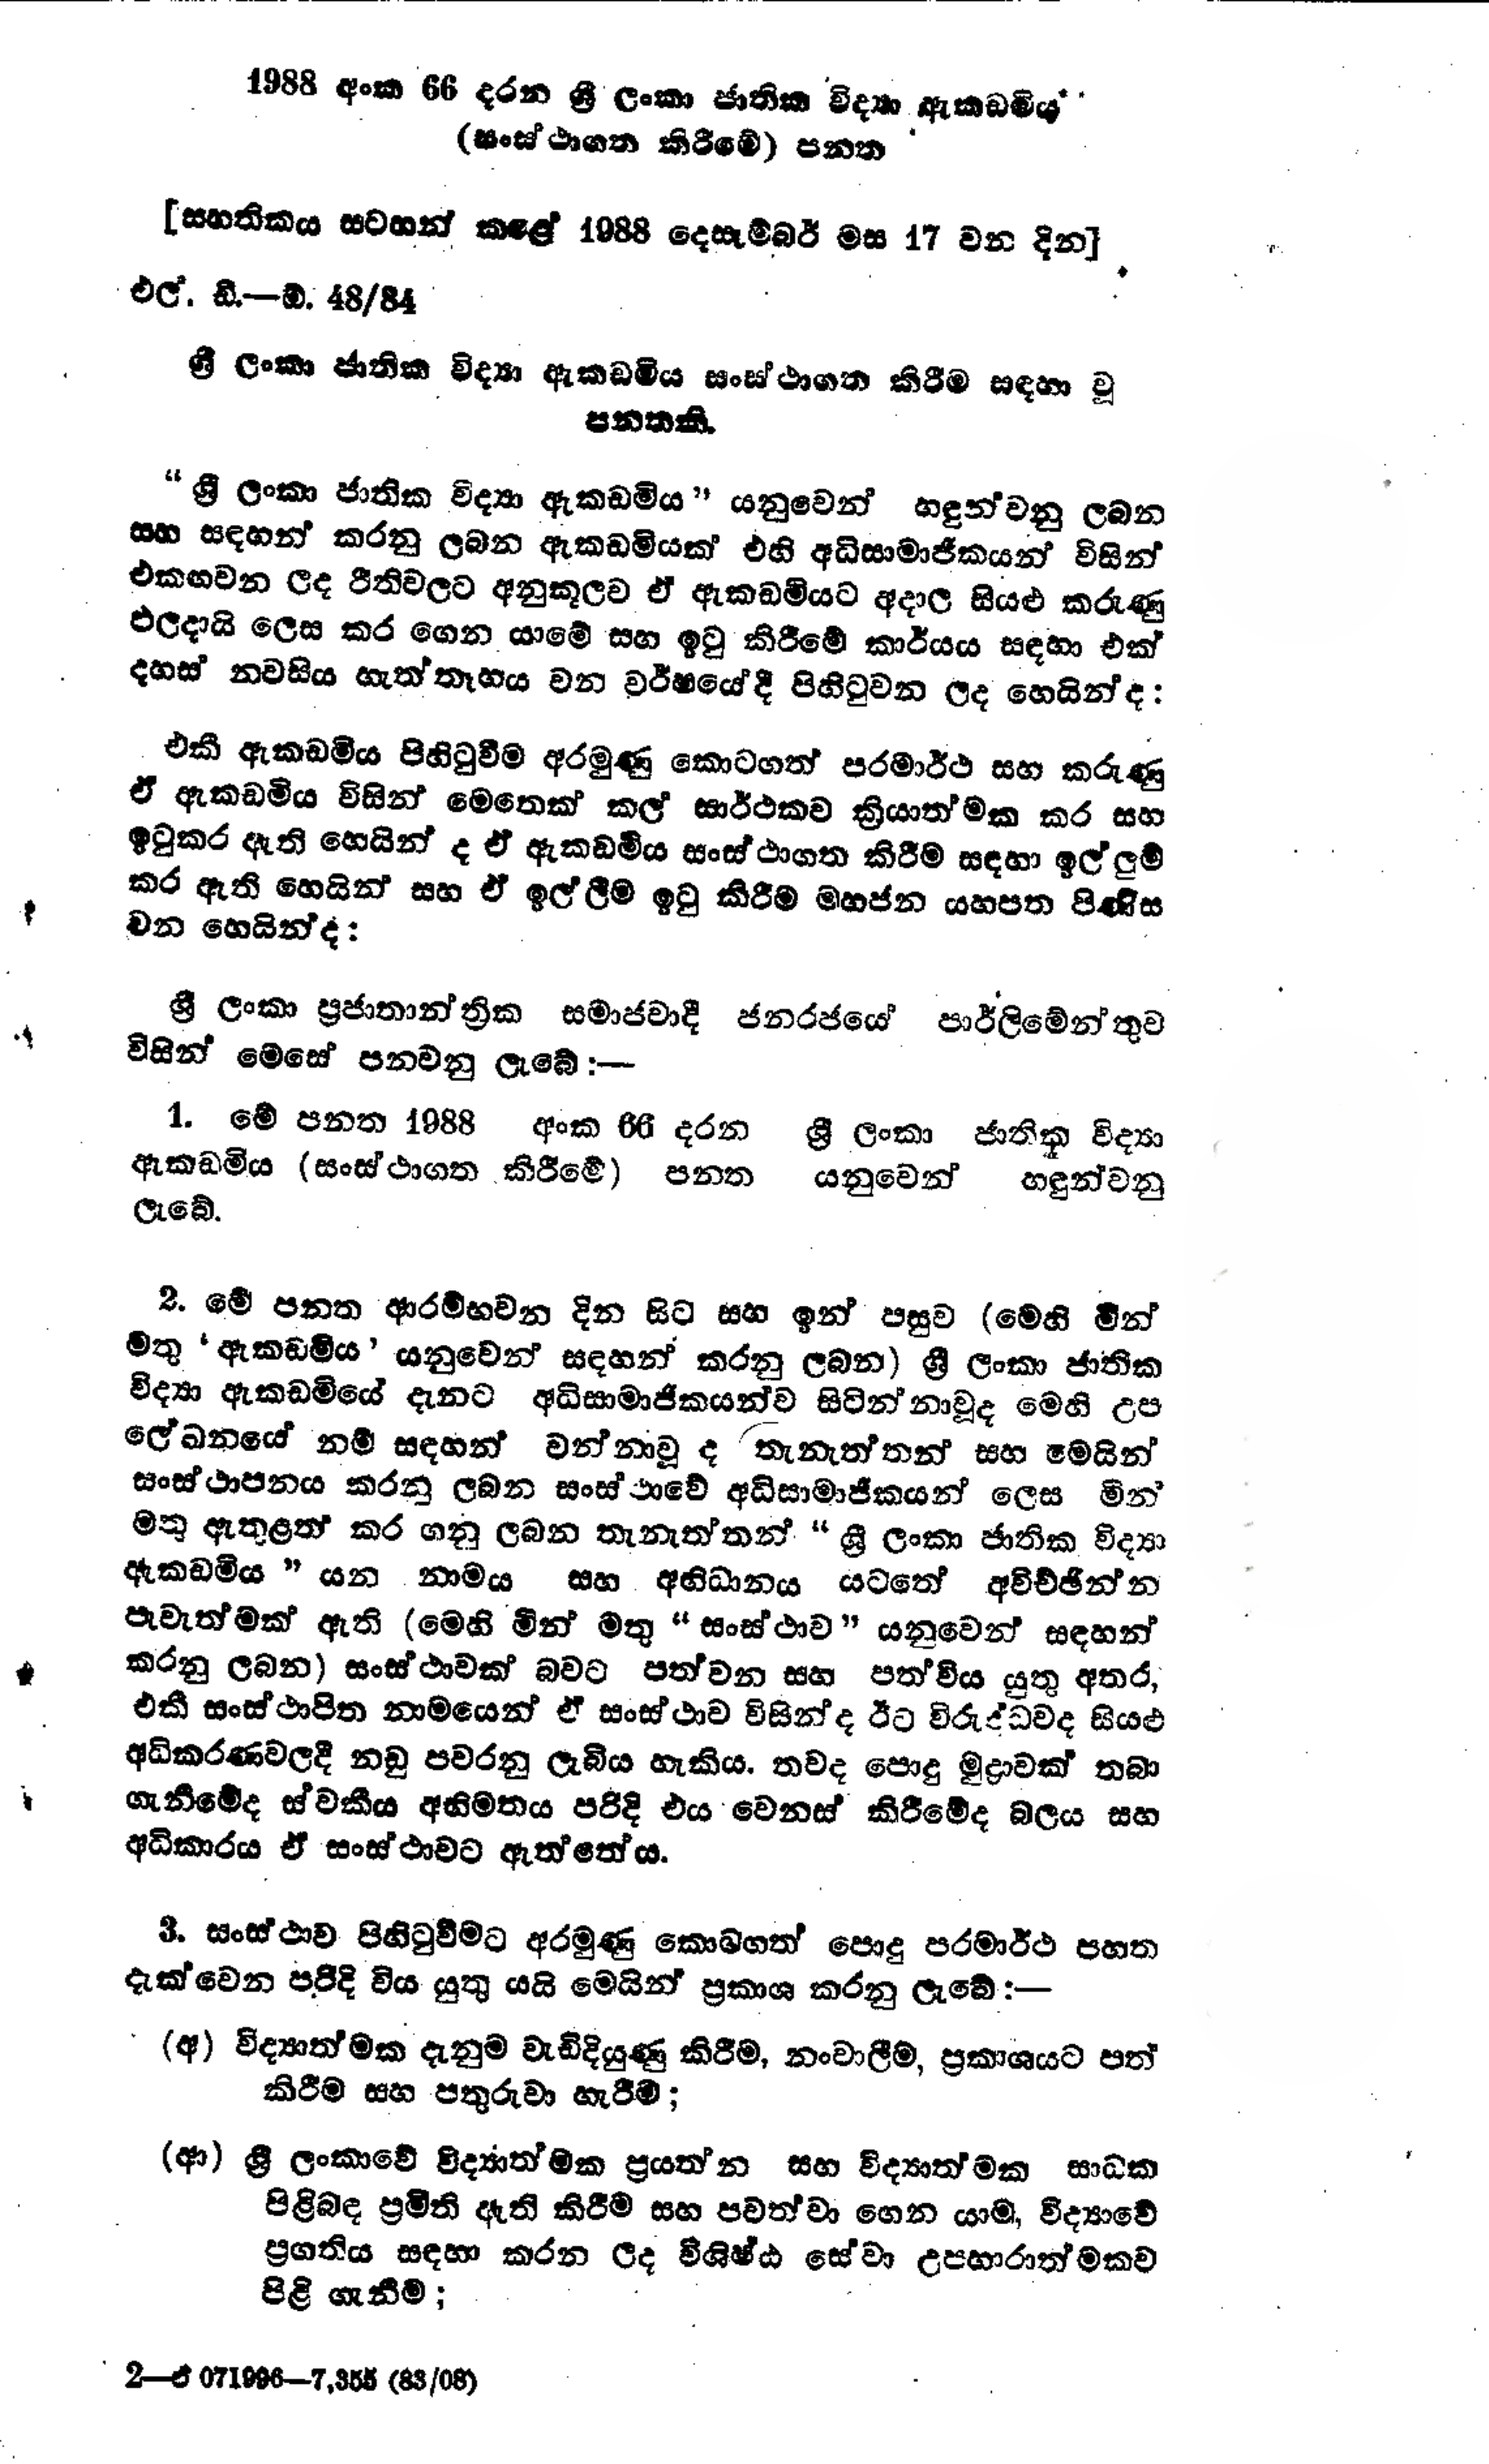
1988 අංක 66 දරන ශ්‍රී ලංකා ජාතික විද්‍යා ඇකඩමිය
(සංස්ථාගත කිරීමේ) පනත

[සහතිකය සටහන් කළේ 1988 දෙසැම්බර් මස 17 වන දින]

එල්.ඩී.—ඕ. 48/84

ශ්‍රී ලංකා ජාතික විද්‍යා ඇකඩමිය සංස්ථාගත කිරීම සඳහා වූ
පනතකි.

"ශ්‍රී ලංකා ජාතික විද්‍යා ඇකඩමිය " යනුවෙන් හඳුන්වනු ලබන
සහ සඳහන් කරනු ලබන ඇකඩමියක් එහි අධිසාමාජිකයන් විසින්
එකඟවන ලද රීතිවලට අනුකූලව ඒ ඇකඩමියට අදාල සියළු කරුණු
ඵලදායි ලෙස කර ගෙන යාමේ සහ ඉටු කිරීමේ කාර්යය සඳහා එක්
දහස් නවසිය හැත්තෑහය වන වර්ෂයේ දී පිහිටුවන ලද හෙයින්ද:

එකී ඇකඩමිය පිහිටුවීම අරමුණු කොටගත් පරමාර්ථ සහ කරුණු
ඒ ඇකඩමිය විසින් මෙතෙක් කල් සාර්ථකව ක්‍රියාත්මක කර සහ
ඉටුකර ඇති හෙයින් ද ඒ ඇකඩමිය සංස්ථාගත කිරීම සඳහා ඉල්ලුම්
කර ඇති හෙයින් සහ ඒ ඉල්ලීම ඉටු කිරීම මහජන යහපත පිණිස
වන හෙයින්ද:

ශ්‍රී ලංකා ප්‍රජාතාන්ත්‍රික සමාජවාදී ජනරජයේ පාර්ලිමේන්තුව
විසින් මෙසේ පනවනු ලැබේ :--

1. මේ පනත 1988 අංක 66 දරන ශ්‍රී ලංකා ජාතික විද්‍යා
ඇකඩමිය (සංස්ථාගත කිරීමේ) පන්ත යනුවෙන් හඳුන්වනු
ලැබේ.

2. මේ පනත ආරම්භවන දින සිට සහ ඉන් පසුව (මෙහි මින්
මතු 'ඇකඩමිය' යනුවෙන් සඳහන් කරනු ලබන) ශ්‍රී ලංකා ජාතික
විද්‍යා ඇකඩමියේ දැනට අධිසාමාජිකයන්ව සිටින්නා වූද මෙහි උප
ලේඛනයේ නම් සඳහන් වන්නා වූද තැනැත්තන් සහ මෙයින්
සංස්ථාපනය කරනු ලබන සංස්ථාවේ අධිසාමාජිකයන් ලෙස මින්
මතු ඇතුළත් කර ගනු ලබන තැනැත්තන් "ශ්‍රී ලංකා ජාතික විද්‍යා
ඇකඩමිය " යන නාමය සහ අභිධානය යටතේ අවිච්ඡින්න
පැවැත්මක් ඇති (මෙහි මින් මතු "සංස්ථාව ” යනුවෙන් සඳහන්
කරනු ලබන) සංස්ථාවක් බවට පත්වන සහ පත් විය යුතු අතර,
එකී සංස්ථාපිත නාමයෙන් ඒ සංස්ථාව විසින්ද ඊට විරුද්ධවද සියළු
අධිකරණවලදී නඩු පවරනු ලැබිය හැකිය. තවද පොදු මුද්‍රාවක් තබා
ගැනීමේද ස්වකීය අභිමතය පරිදි එය වෙනස් කිරීමේද බලය සහ
අධිකාරය ඒ සංස්ථාවට ඇත්තේය.

3. සංස්ථාව පිහිටු වීමට අරමුණු කොටගත් පොදු පරමාර්ථ පහත
දැක්වෙන පරිදි විය යුතු යයි මෙයින් ප්‍රකාශ කරනු ලැබේ:-

(අ) විද්‍යාත්මක දැනුම වැඩි දියුණු කිරීම්, නංවාලීම්, ප්‍රකාශයට පත්
කිරීම සහ පතුරුවා හැරීම්;

(ආ) ශ්‍රී ලංකාවේ විද්‍යාත්මක ප්‍රයත්න සහ විද්‍යාත්මක සාධක
පිළිබඳ ප්‍රමිති ඇති කිරීම සහ පවත්වා ගෙන යාම, විද්‍යාවේ
ප්‍රගතිය සඳහා කරන ලද විශිෂ්ඨ සේවා උපහාරාත්මකව
පිළි ගැනීම;

2-ඒ 071996-7,355 (83/08)